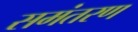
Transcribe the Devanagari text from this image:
समंतरण